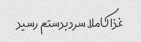
غذا کاملا سرد بدستم رسید